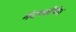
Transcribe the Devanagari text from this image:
मंदगतीनेच